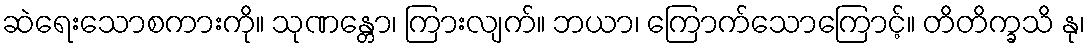
ဆဲရေးသောစကားကို။ သုဏန္တော၊ ကြားလျက်။ ဘယာ၊ ကြောက်သောကြောင့်။ တိတိက္ခသိ နု၊